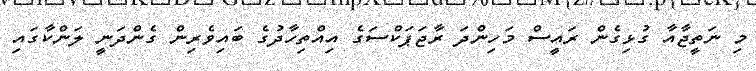
މި ނަތީޖާއާ ގުޅިގެން ރައީސް މަހިންދަ ރާޖަޕަކްސަގެ އިއްތިހާދުގެ ބައިވެރިން ގެންދަނީ ލަންކާގައި